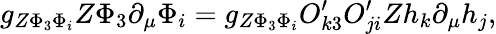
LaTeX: g_{Z\Phi_{3}\Phi_{i}}Z\Phi_{3}\partial_{\mu}\Phi_{i}=g_{Z\Phi_{3}\Phi_{i}}O_{k3}^{\prime}O_{ji}^{\prime}Zh_{k}\partial_{\mu}h_{j},